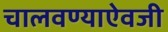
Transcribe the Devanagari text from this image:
चालवण्याऐवजी